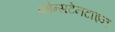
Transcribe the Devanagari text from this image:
कोन्सटेनटाइन